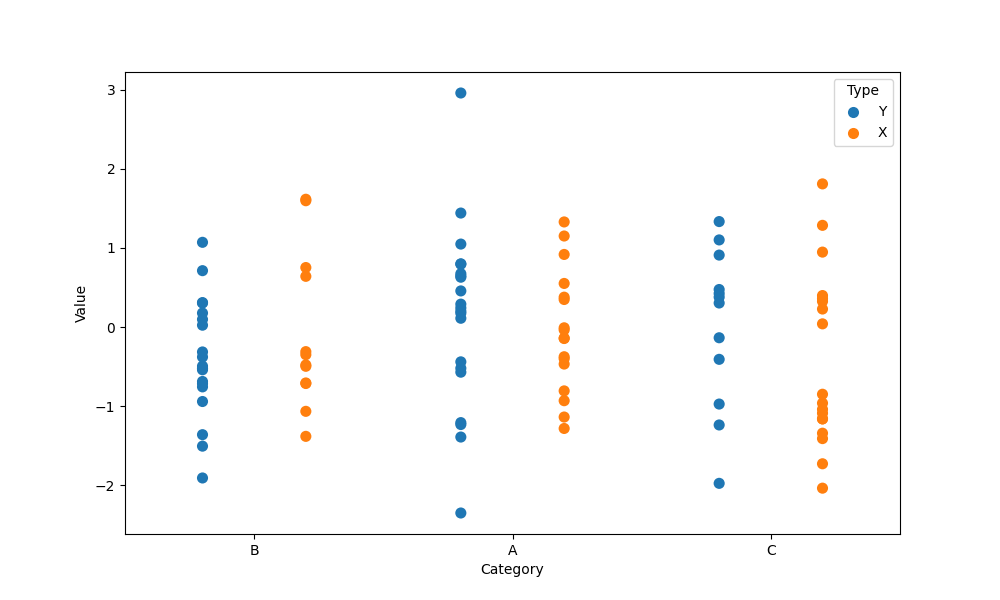
python, seaborn, stripplot, jitter=False, dodge=True, alpha=1.0, size=8